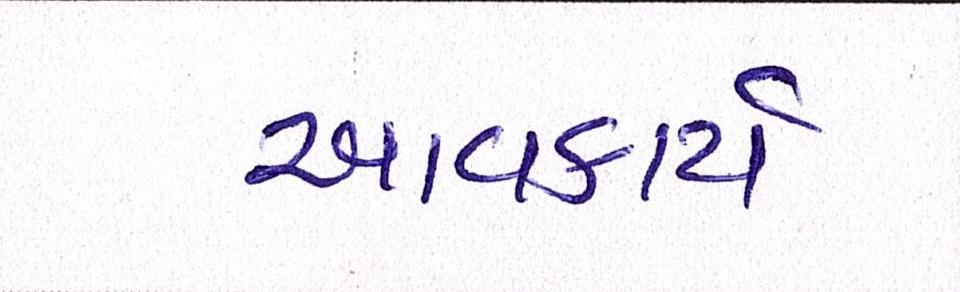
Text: આવકાર્ય